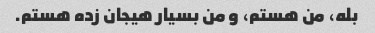
بله، من هستم، و من بسیار هیجان زده هستم.